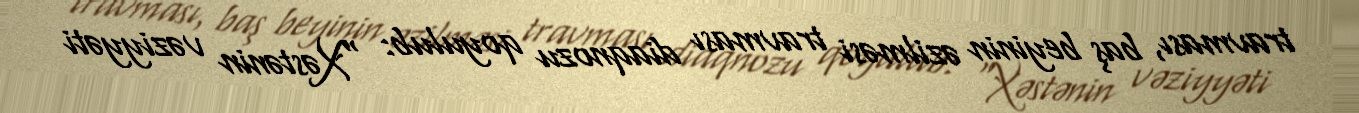
travması, baş beyinin əzilməsi travması diaqnozu qoyulub: "Xəstənin vəziyyəti